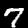
Digit: 7